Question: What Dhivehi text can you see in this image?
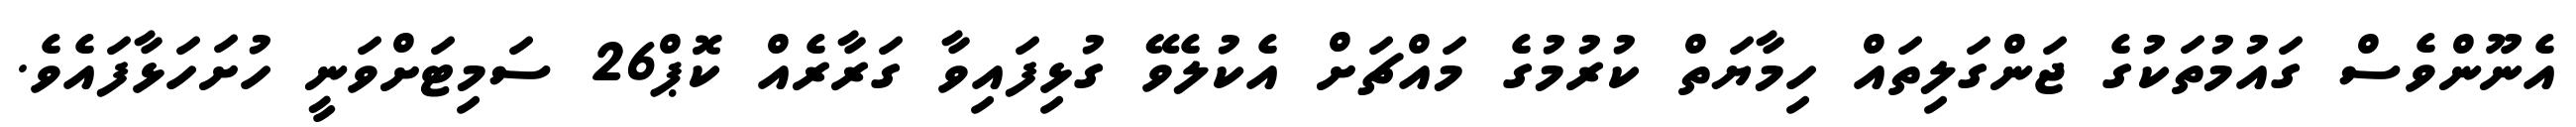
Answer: އެނޫންވެސް ގައުމުތަކުގެ ޖަންގަލިތައް ހިމާޔަތް ކުރުމުގެ މައްޗަށް އެކުލެވޭ ގުޅިފައިވާ ގަރާރެއް ކޮޕް26 ސަމިޓަށްވަނީ ހުށަހަޅާފައެވެ.